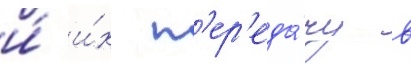
и́ и́х п'ер'еда́чу в